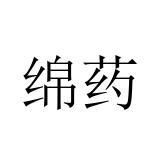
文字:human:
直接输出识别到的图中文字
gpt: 绵药